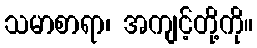
သမာစာရာ၊ အကျင့်တို့ကို။